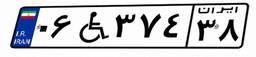
۰۶W۳۷۴۳۸